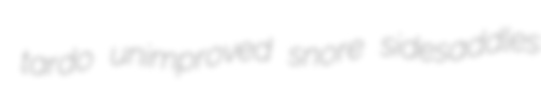
tardo unimproved snore sidesaddles